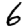
Digit: 6